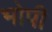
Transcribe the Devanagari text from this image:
भोपी